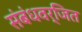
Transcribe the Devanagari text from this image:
संबंधवर्जित